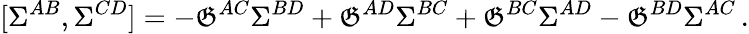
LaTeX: [\Sigma^{AB},\Sigma^{CD}]=-\mathfrak{G}^{AC}\Sigma^{BD}+\mathfrak{G}^{AD}\Sigma^{BC}+\mathfrak{G}^{BC}\Sigma^{AD}-\mathfrak{G}^{BD}\Sigma^{AC}\, .